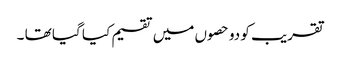
تقریب کو دو حصوں میں تقسیم کیا گیا تھا ۔